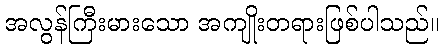
အလွန်ကြီးမားသော အကျိုးတရားဖြစ်ပါသည်။